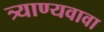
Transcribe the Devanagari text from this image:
त्र्याण्यवावा